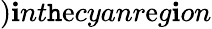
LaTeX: )\mathbf{i}nt\mathtt{h}\mathrm{e}cyanr\mathrm{e}g\mathbf{i}on